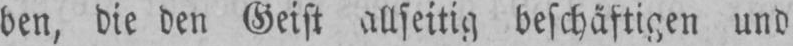
ben, die den Geist allseitig beschäftigen und